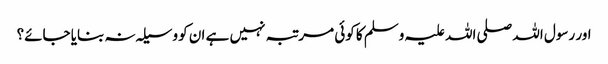
اور رسول اللہ صلی اللہ علیہ وسلم کا کوئی مرتبہ نہیں ہے ان کو وسیلہ نہ بنایا جائے؟